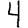
Digit: 4